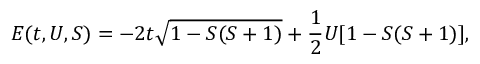
E ( t , U , S ) = - 2 t \sqrt { 1 - S ( S + 1 ) } + \frac { 1 } { 2 } U [ 1 - S ( S + 1 ) ] ,